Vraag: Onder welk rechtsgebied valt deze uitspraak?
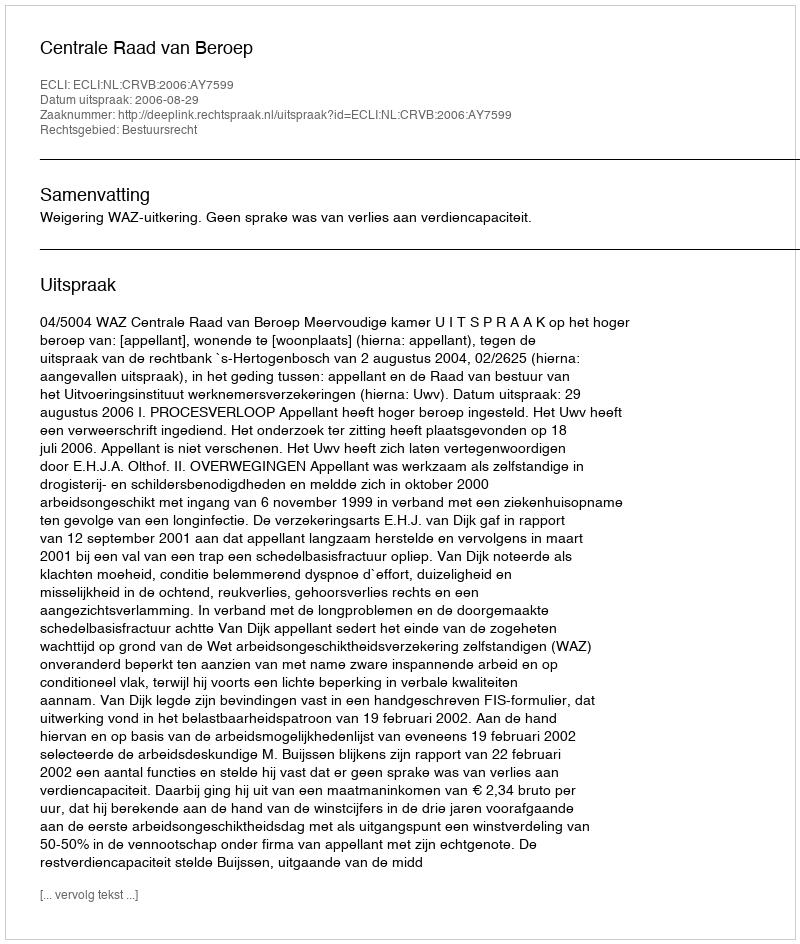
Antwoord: Bestuursrecht